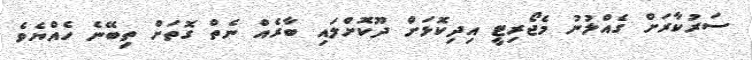
ސަރުކާރަށް ގެއްލުނު މެޖޯރިޓީ އިދިކޮޅަށް ދޫކޮށްލައި ބާރެއް ނެތް ގޮތަށް ތިބޭނެ ހެއްޔެވެ